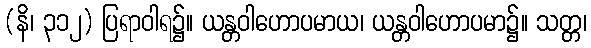
(နိ၊ ၃၁၂) ပြရာဝါရ၌။ ယန္တဝါဟောပမာယ၊ ယန္တဝါဟောပမာ၌။ သတ္တ၊